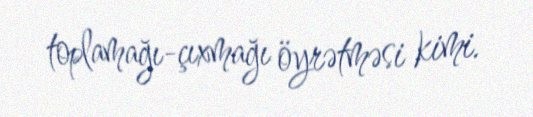
toplamağı-çıxmağı öyrətməsi kimi.